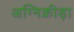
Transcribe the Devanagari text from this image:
अग्निक्रीड़ा